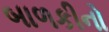
બાળકીનો